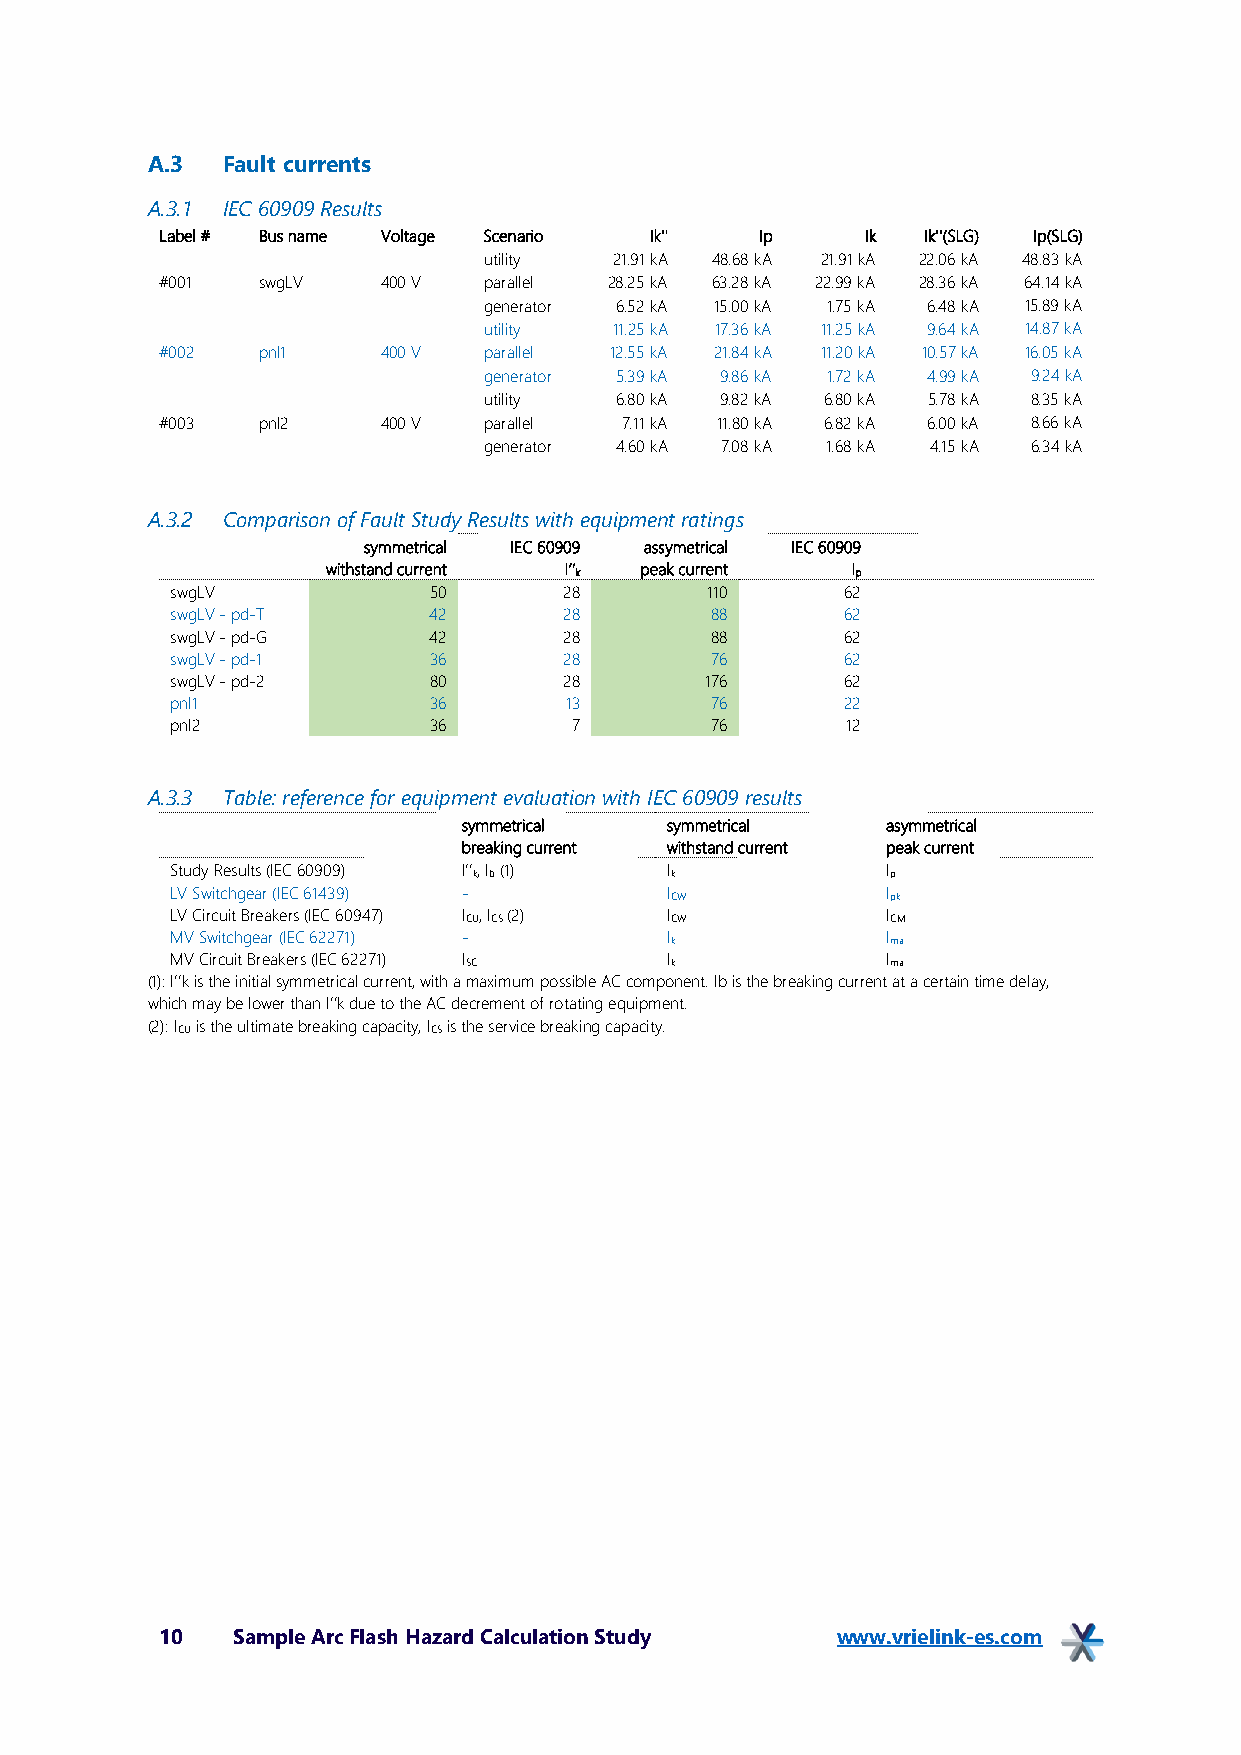
A.3  Fault currents
 A.3.1 IEC 60909 Results
 Label # Bus name Voltage Scenario Ik'' Ip     Ik  Ik''(SLG) Ip(SLG)
 utility  21.91 kA 48.68 kA 21.91 kA 22.06 kA 48.83 kA
 #001  swgLV   400 V  parallel 28.25 kA 63.28 kA 22.99 kA 28.36 kA 64.14 kA
 generator 6.52 kA 15.00 kA 1.75 kA 6.48 kA 15.89 kA
 utility  11.25 kA 17.36 kA 11.25 kA 9.64 kA 14.87 kA
 #002  pnl1    400 V  parallel 12.55 kA 21.84 kA 11.20 kA 10.57 kA 16.05 kA
 generator 5.39 kA 9.86 kA 1.72 kA 4.99 kA 9.24 kA
 utility  6.80 kA 9.82 kA 6.80 kA 5.78 kA 8.35 kA
 #003  pnl2    400 V  parallel 7.11 kA 11.80 kA 6.82 kA 6.00 kA 8.66 kA
 generator 4.60 kA 7.08 kA 1.68 kA 4.15 kA 6.34 kA
 A.3.2 Comparison of Fault Study Results with equipment ratings
 symmetrical IEC 60909 assymetrical IEC 60909
 withstand current I’’k peak current Ip
 swgLV            50       28        110      62
 swgLV - pd-T     42       28        88       62
 swgLV - pd-G     42       28        88       62
 swgLV - pd-1     36       28        76       62
 swgLV - pd-2     80       28        176      62
 pnl1             36       13        76       22
 pnl2             36        7        76       12
 A.3.3 Table: reference for equipment evaluation with IEC 60909 results
 symmetrical  symmetrical    asymmetrical
 breaking current withstand current peak current
 Study Results (IEC 60909) I’’k, Ib (1) Ik       Ip
 LV Switchgear (IEC 61439) -      ICW            Ipk
 LV Circuit Breakers (IEC 60947) ICU, ICS (2) ICW ICM
 MV Switchgear (IEC 62271) -      Ik             Ima
 MV Circuit Breakers (IEC 62271) ISC Ik          Ima
 (1): I’’k is the initial symmetrical current, with a maximum possible AC component. Ib is the breaking current at a certain time delay,
 which may be lower than I’’k due to the AC decrement of rotating equipment.
 (2): ICU is the ultimate breaking capacity, ICS is the service breaking capacity.
 10  Sample Arc Flash Hazard Calculation Study www.vrielink-es.com